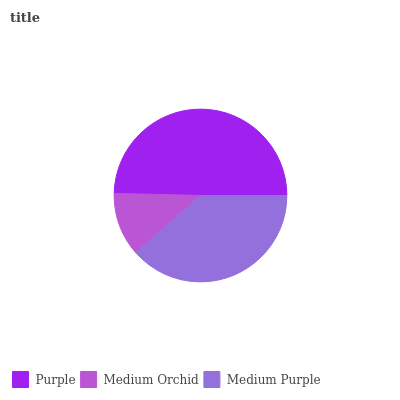
| Purple | Medium Orchid | Medium Purple |
 | --- | --- | --- |
 | 49.6% | 11.9% | 38.5% |